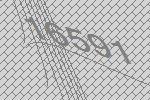
16591